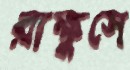
রাক্ষুসে